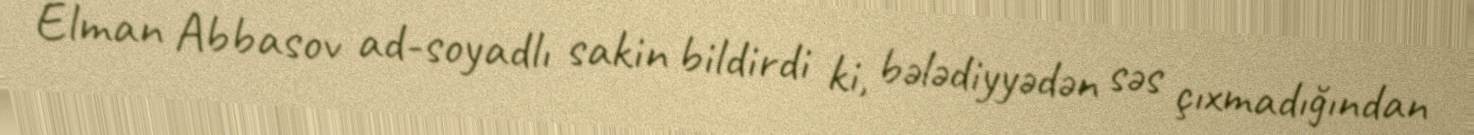
Elman Abbasov ad-soyadlı sakin bildirdi ki, bələdiyyədən səs çıxmadığından